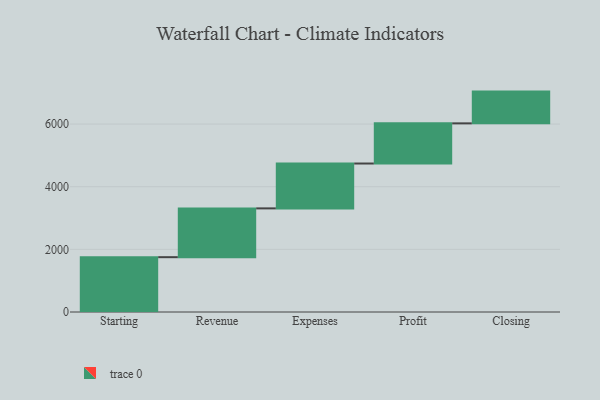
{"axis": {"x": "Step", "y": "Value"}, "legend": [""], "data": [{"x": "Starting", "y": 1750.0, "type": ""}, {"x": "Revenue", "y": 1558.0, "type": ""}, {"x": "Expenses", "y": 1432.0, "type": ""}, {"x": "Profit", "y": 1282.0, "type": ""}, {"x": "Closing", "y": 1014.0, "type": ""}]}